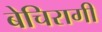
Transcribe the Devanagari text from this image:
बेचिरागी